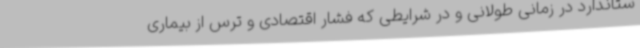
ستاندارد در زمانی طولانی و در شرایطی که فشار اقتصادی و ترس از بیماری